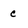
Character: c